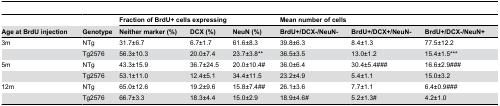
<table><thead><tr><td></td><td></td><td colspan="3"><b>Fraction of BrdU+ cells expressing</b></td><td colspan="3"><b>Mean number of cells</b></td></tr><tr><td><b>Age at BrdU injection</b></td><td><b>Genotype</b></td><td><b>Neither marker (%)</b></td><td><b>DCX (%)</b></td><td><b>NeuN (%)</b></td><td><b>BrdU+/DCX-/NeuN-</b></td><td><b>BrdU+/DCX+/NeuN-</b></td><td><b>BrdU+/DCX-/NeuN+</b></td></tr></thead><tbody><tr><td>3m</td><td>NTg</td><td>31.7±6.7</td><td>6.7±1.7</td><td>61.6±8.3</td><td>39.8±6.3</td><td>8.4±1.3</td><td>77.5±12.2</td></tr><tr><td></td><td>Tg2576</td><td>56.3±10.3</td><td>20.0±7.4</td><td>23.7±3.8**</td><td>36.5±3.5</td><td>13.0±1.2</td><td>15.4±1.5***</td></tr><tr><td>5m</td><td>NTg</td><td>43.3±15.9</td><td>36.7±24.5</td><td>20.0±10.4#</td><td>36.0±6.4</td><td>30.4±5.4###</td><td>16.6±2.9###</td></tr><tr><td></td><td>Tg2576</td><td>53.1±11.0</td><td>12.4±5.1</td><td>34.4±11.5</td><td>23.2±4.9</td><td>5.4±1.1</td><td>15.0±3.2</td></tr><tr><td>12m</td><td>NTg</td><td>65.0±12.6</td><td>19.2±9.6</td><td>15.8±7.4##</td><td>26.1±3.6</td><td>7.7±1.1</td><td>6.4±0.9###</td></tr><tr><td></td><td>Tg2576</td><td>66.7±3.3</td><td>18.3±4.4</td><td>15.0±2.9</td><td>18.9±4.6#</td><td>5.2±1.3#</td><td>4.2±1.0</td></tr></tbody></table>